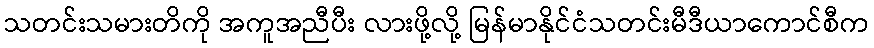
သတင်းသမားတိကို အကူအညီပီး လားဖို့လို့ မြန်မာနိုင်ငံသတင်းမီဒီယာကောင်စီက